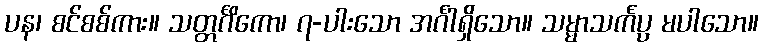
ပန၊ စင်စစ်ကား။ သတ္တင်္ဂိကော၊ ၇-ပါးသော အင်္ဂါရှိသော။ သမ္မာသင်္ကပ္ပ မပါသော။